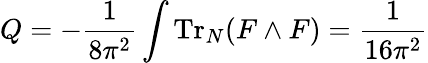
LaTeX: Q=-\frac{1}{8\pi^{2}}\int\mathrm{Tr}_{N}(F\wedge F)=\frac{1}{16\pi^{2}}